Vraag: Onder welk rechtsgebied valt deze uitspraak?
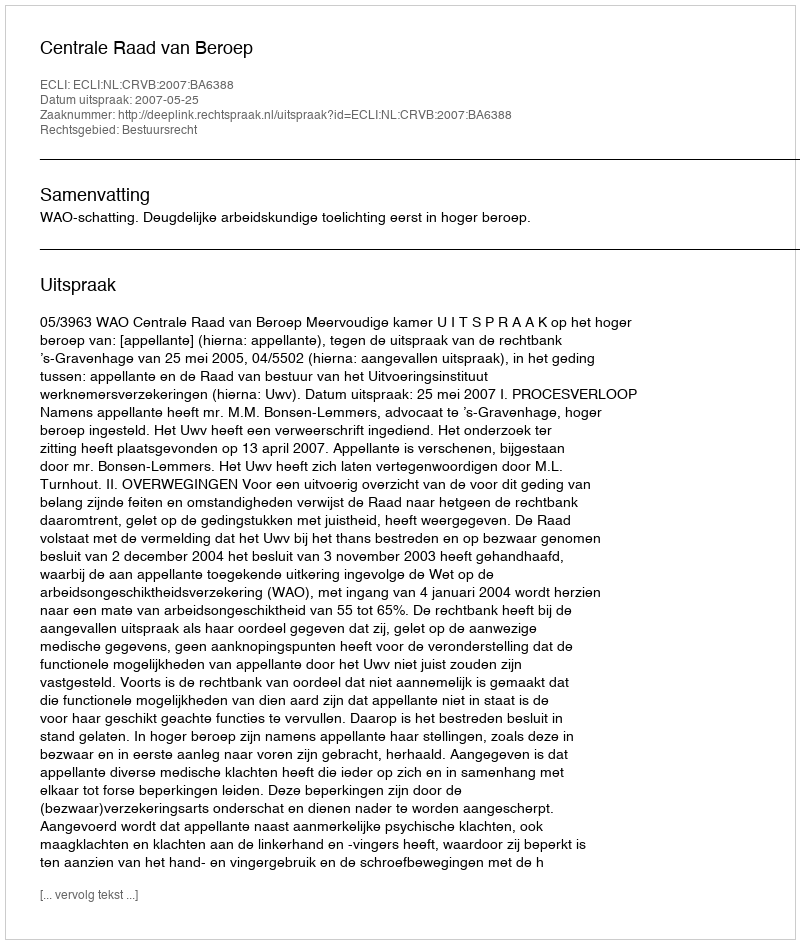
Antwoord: Bestuursrecht